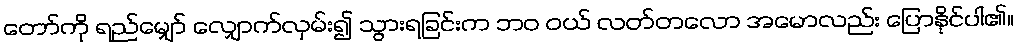
တော်ကို ရည်မျှော် လျှောက်လှမ်း၍ သွားရခြင်းက ဘဝ ဝယ် လတ်တလော အမောလည်း ပြောနိုင်ပါ၏။